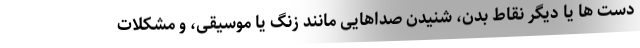
دست ها یا دیگر نقاط بدن، شنیدن صداهایی مانند زنگ یا موسیقی، و مشکلات